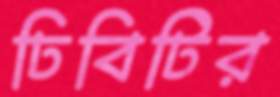
ঢিবিটির